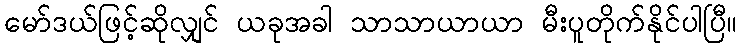
မော်ဒယ်ဖြင့်ဆိုလျှင် ယခုအခါ သာသာယာယာ မီးပူတိုက်နိုင်ပါပြီ။